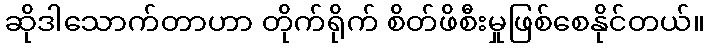
ဆိုဒါသောက်တာဟာ တိုက်ရိုက် စိတ်ဖိစီးမှုဖြစ်စေနိုင်တယ်။